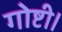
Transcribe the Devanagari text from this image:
गोष्टी।